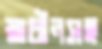
স্বাধীনসহ